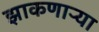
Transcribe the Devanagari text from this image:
झाकणाऱ्या